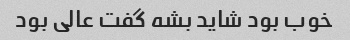
خوب بود شاید بشه گفت عالی بود